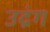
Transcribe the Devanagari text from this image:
उद्रंग